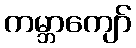
ကမ္ဘာကျော်